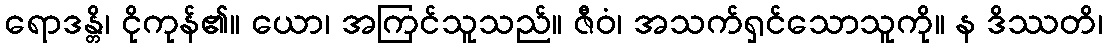
ရောဒန္တိ၊ ငိုကုန်၏။ ယော၊ အကြင်သူသည်။ ဇီဝံ၊ အသက်ရှင်သောသူကို။ န ဒိဿတိ၊